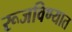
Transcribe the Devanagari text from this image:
रूजविण्यात